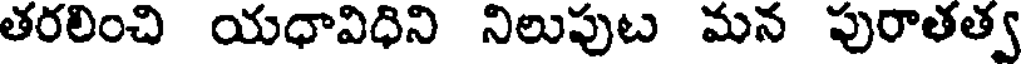
తరలించి యధావిధిని నిలుపుట మన పురాతత్వ